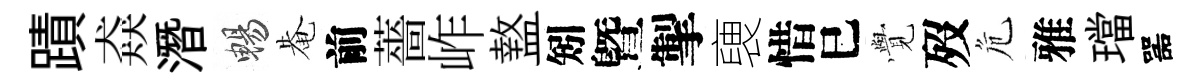
蹟猋潛暢𤲅前薔岞盩矧曁掣褏惜巳𮗜歿危雅璫噐